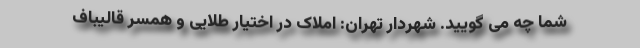
شما چه می گویید. شهردار تهران: املاک در اختیار طلایی و همسر قالیباف